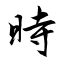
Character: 時